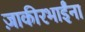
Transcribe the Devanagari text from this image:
ज़ाकीरभाईंना